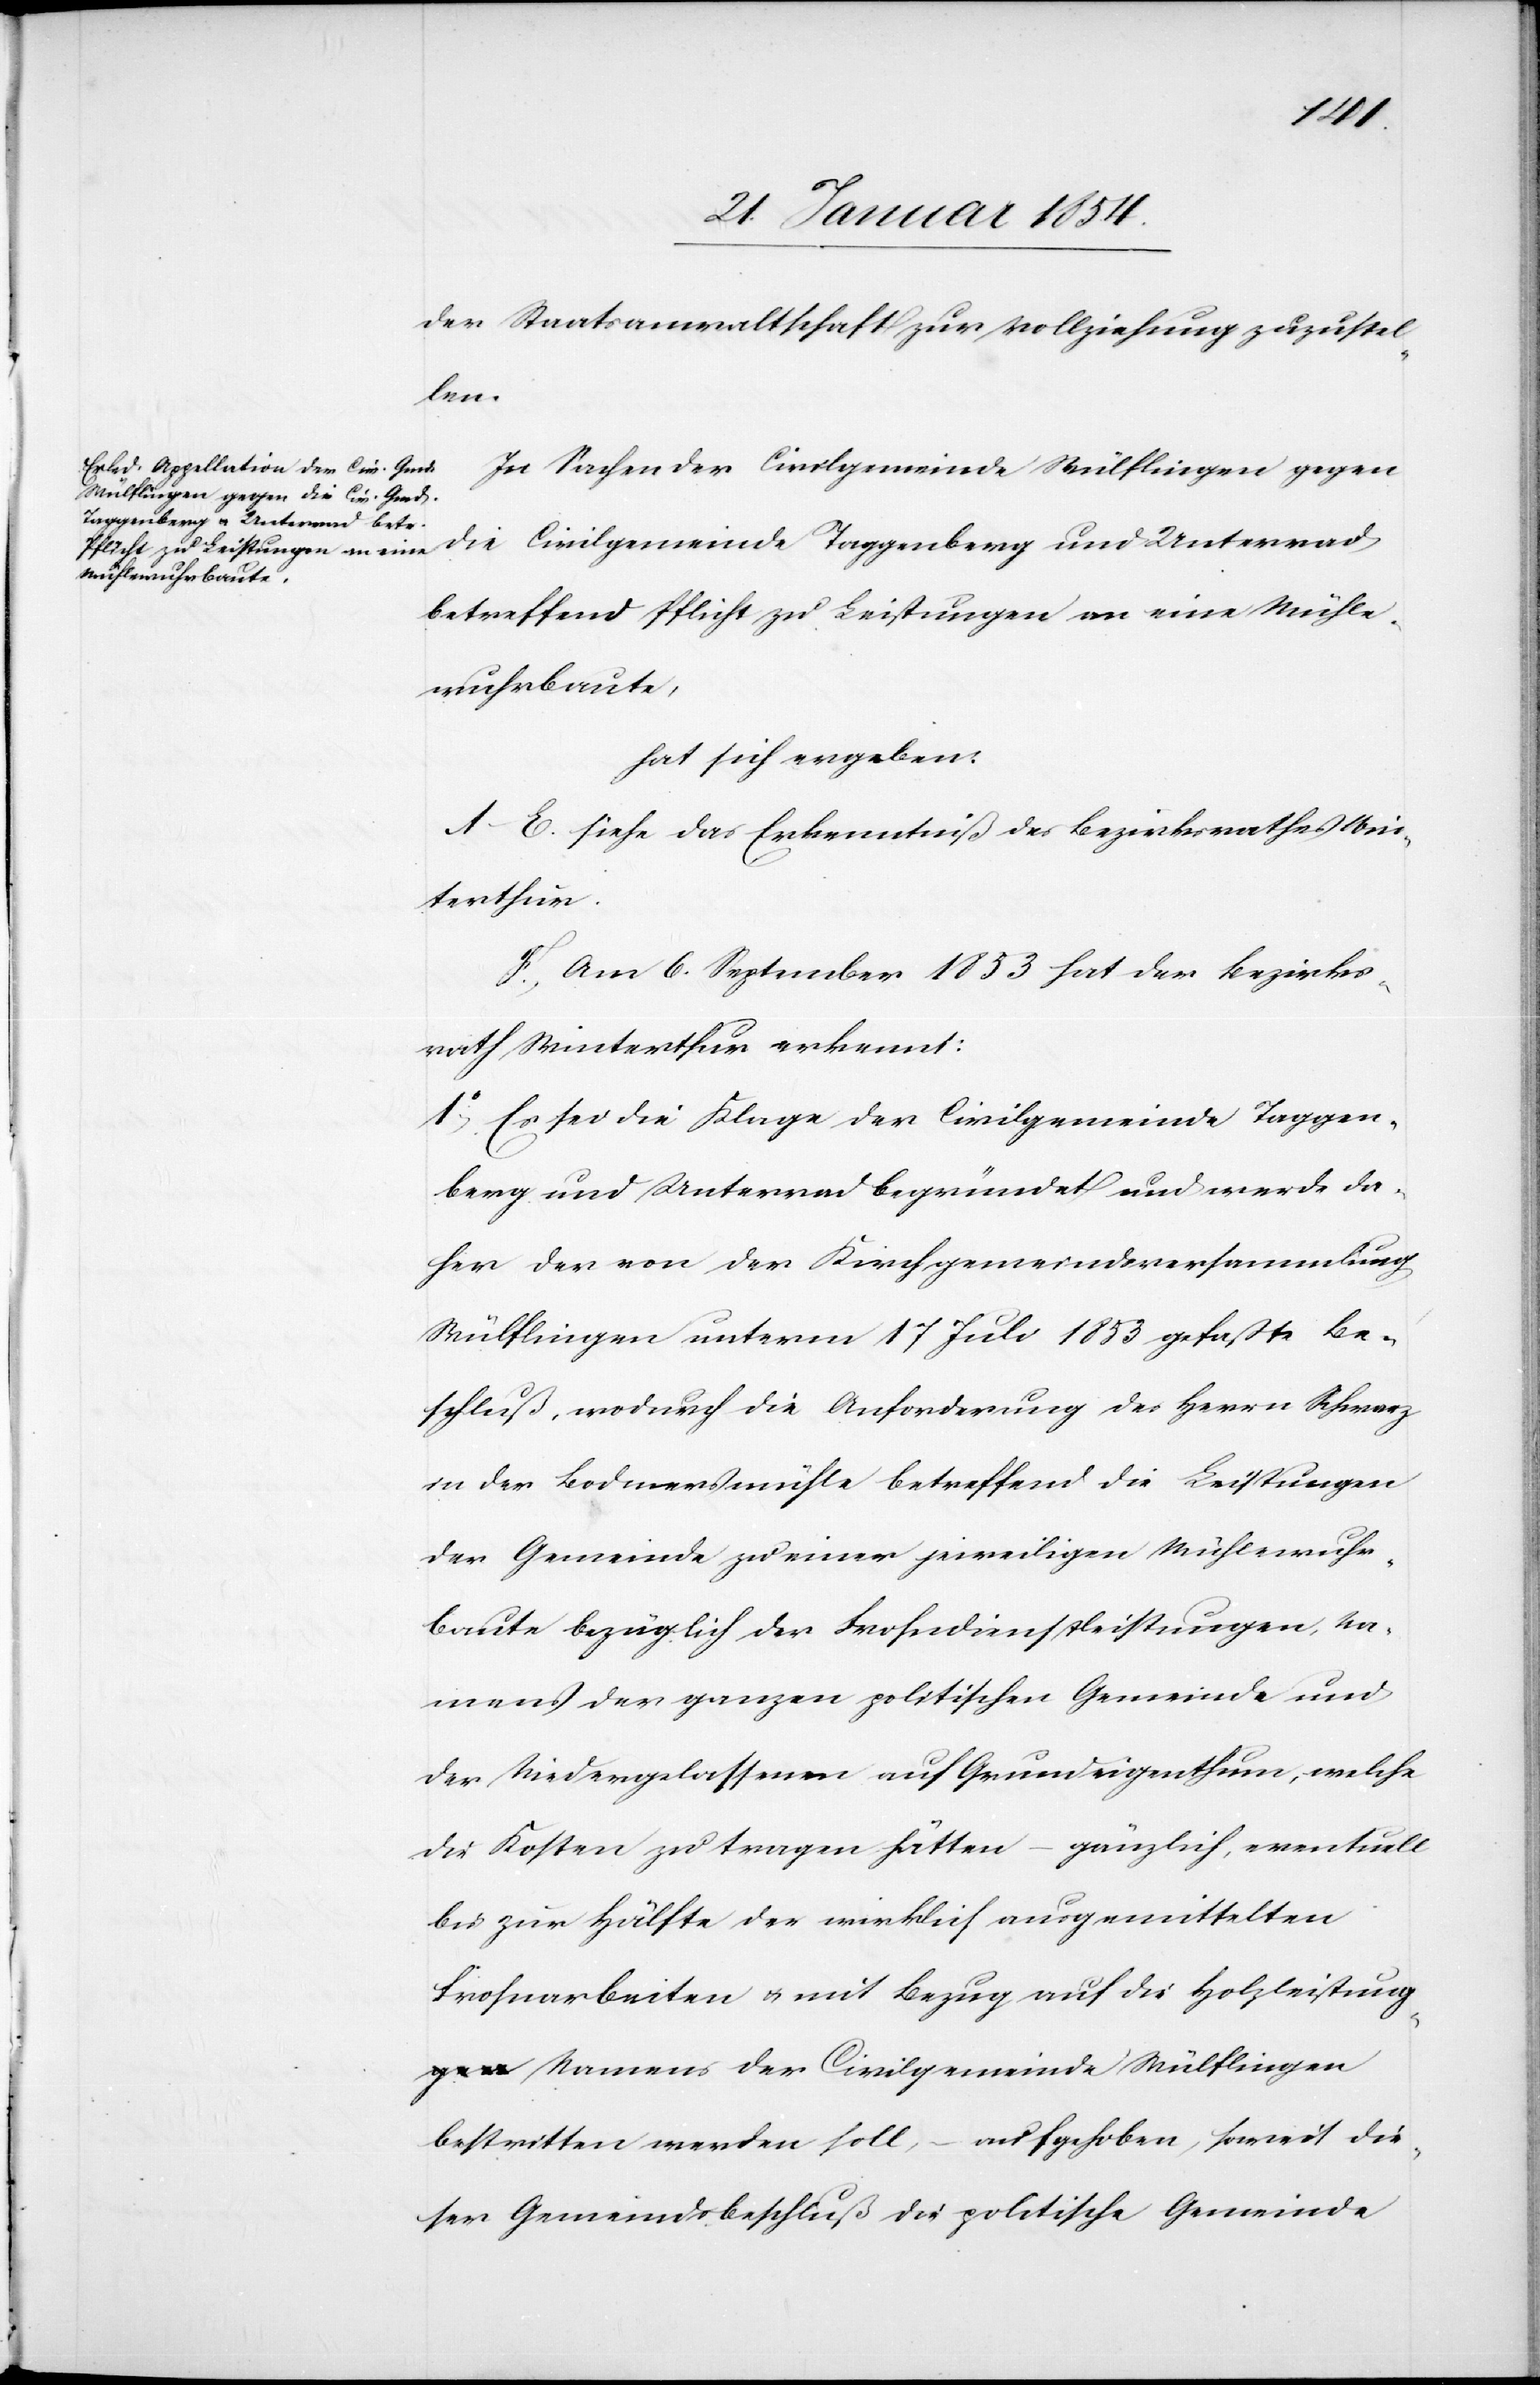
der Staatsanwaltschaft zur Vollziehung zuzustel¬
len.
In Sachen der Civilgemeinde Wülflingen gegen
die Civilgemeinde Taggenberg und Unterrad,
betreffend Pflicht zu Leistungen an eine Mühle¬
wuhrbaute,
hat sich ergeben:
A–E. siehe das Erkenntniß des Bezirksrathes Win¬
terthur.
F. Am 6 September 1853 hat der Bezirks¬
rath Winterthur erkannt:
1o Es sei die Klage der Civilgemeinde Taggen¬
berg und Unterrad begründet und werde da¬
her der von der Kirchgemeindeversammlung
Wülflingen unterm 17 Juli 1853 gefaßte Be¬
schluß, wodurch die Anforderung des Herrn Schwarz
in der Bodmersmühle betreffend die Leistungen
der Gemeinde zu einer jeweiligen Mühlewuhr¬
baute bezüglich der Frohndienstleistungen, Na¬
mens der ganzen politischen Gemeinde und
der Niedergelassenen auf Grundeigenthum, welche
die Kosten zu tragen hätten – gänzlich, eventuell
bis zur Hälfte der wirklich ausgemittelten
Frohnarbeiten u. mit Bezug auf die Holzleitun¬
g Namens der Civilgemeinde Wülflingen
bestritten werden soll, – aufgehoben, soweit die¬
ser Gemeindsbeschluß die politische Gemeinde